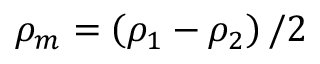
\rho _ { m } = \left( \rho _ { 1 } - \rho _ { 2 } \right) / 2